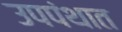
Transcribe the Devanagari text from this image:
उपपंथात